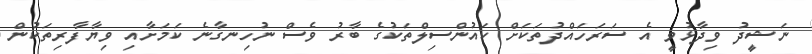
ނަޝީދު ވިދާޅުވީ އެ ސަރަހައްދުތަކަށް ކައުންސިލްތަކުގެ ބާރު ވެސް ނުހިނގާނެ ކަމަށާއި ވިޔާފާރިތަކުން